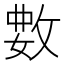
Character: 𫾺